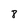
Character: 8